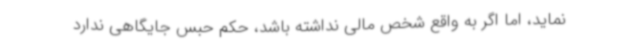
نماید، اما اگر به واقع شخص مالی نداشته باشد، حکم حبس جایگاهی ندارد